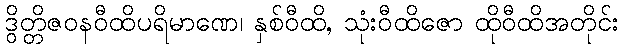
ဒွိတ္တိဇဝနဝီထိပရိမာဏေ၊ နှစ်ဝီထိ, သုံးဝီထိဇော ထိုဝီထိအတိုင်း